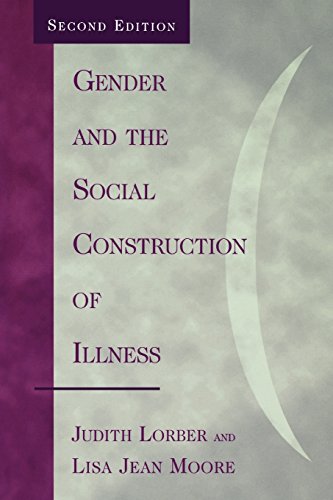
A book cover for Gender and the Social Construction of Illness (Gender Lens Series); Judith Lorber; Health, Fitness & Dieting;